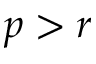
p > r